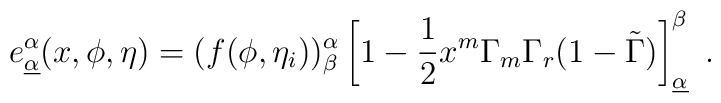
e^{\alpha} _{\underline {\alpha}}(x, \phi, \eta)= (f (\phi,\eta_i))^\alpha_\beta\left [ 1 -{1\over 2}  x^m  \Gamma_m  \Gamma_r (1- \tilde \Gamma)\right]^\beta_{\underline {\alpha}} \ .